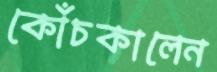
কোঁচকালেন